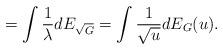
LaTeX: \begin{align*}= \int \frac{1}{\lambda} dE_{\sqrt{G}} =\int \frac{1}{\sqrt{u}} dE_G(u).\end{align*}